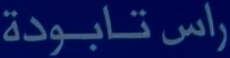
راس تابودة